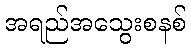
အရည်အသွေးစနစ်